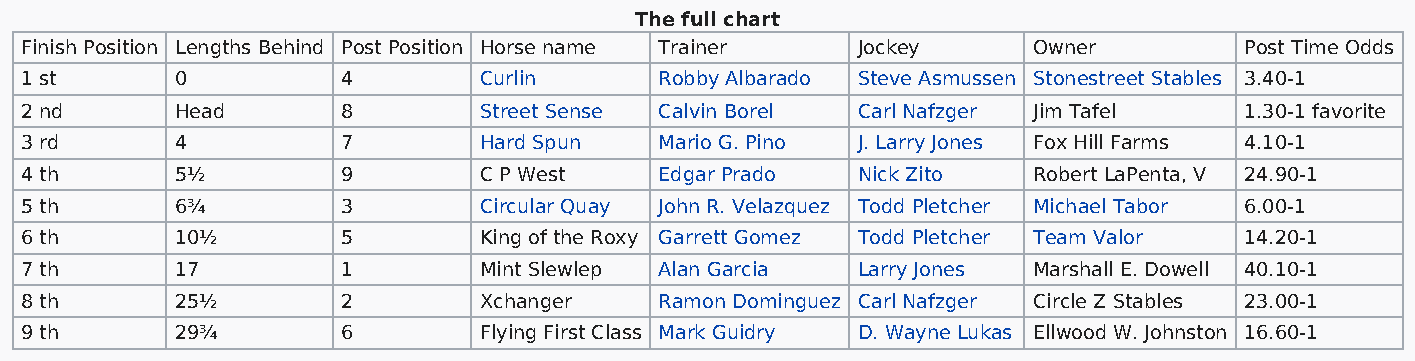
The full chart
 Finish Position Lengths Behind Post Position Horse name Trainer Jockey Owner     Post Time Odds
 1 st       0          4        Curlin      Robby Albarado Steve Asmussen Stonestreet Stables 3.40-1
 2 nd       Head       8        Street Sense Calvin Borel Carl Nafzger Jim Tafel  1.30-1 favorite
 3 rd       4          7        Hard Spun   Mario G. Pino J. Larry Jones Fox Hill Farms 4.10-1
 4 th       5½         9        C P West    Edgar Prado  Nick Zito  Robert LaPenta, V 24.90-1
 5 th       6¾         3        Circular Quay John R. Velazquez Todd Pletcher Michael Tabor 6.00-1
 6 th       10½        5        King of the Roxy Garrett Gomez Todd Pletcher Team Valor 14.20-1
 7 th       17         1        Mint Slewlep Alan Garcia Larry Jones Marshall E. Dowell 40.10-1
 8 th       25½        2        Xchanger    Ramon Dominguez Carl Nafzger Circle Z Stables 23.00-1
 9 th       29¾        6        Flying First Class Mark Guidry D. Wayne Lukas Ellwood W. Johnston 16.60-1